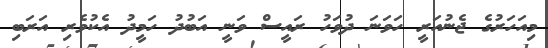
މިއަހަރުގެ ޖެނުއަރީ ހަވަނަ ދުވަހު ރައީސް ވަނީ އަބުދު ހަމީދު އެކުވެރި އަރަބި